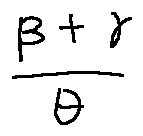
\frac { \beta + \gamma } { \theta }